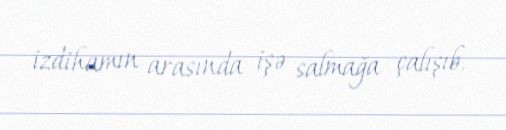
izdihamın arasında işə salmağa çalışıb.